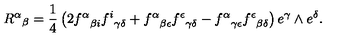
{ R ^ { \alpha } } _ { \beta } = { \frac { 1 } { 4 } } \left( 2 { f ^ { \alpha } } _ { \beta i } { f ^ { i } } _ { \gamma \delta } + { f ^ { \alpha } } _ { \beta \epsilon } { f ^ { \epsilon } } _ { \gamma \delta } - { f ^ { \alpha } } _ { \gamma \epsilon } { f ^ { \epsilon } } _ { \beta \delta } \right) e ^ { \gamma } \wedge e ^ { \delta } .